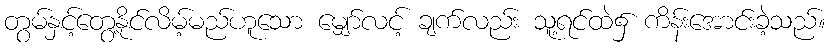
တွမ်နှင့်တွေ့နိုင်လိမ့်မည်ဟူသော မျှော်လင့် ချက်လည်း သူ့ရင်ထဲ၌ ကိန်းအောင်းခဲ့သည်။